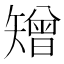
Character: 矰